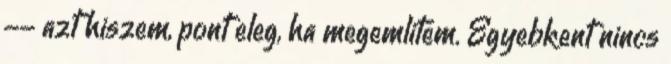
-- azt hiszem, pont eleg, ha megemlitem. Egyebkent nincs